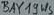
Text: BAY19WS